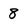
Character: 8